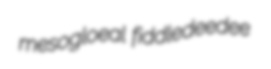
mesogloeal fiddledeedee